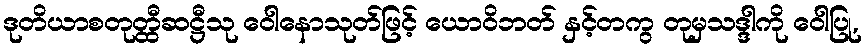
ဒုတိယာစတုတ္ထီဆဋ္ဌီသု ဝေါနောသုတ်ဖြင့် ယောဝိဘတ် နှင့်တကွ တုမှသဒ္ဒါကို ဝေါပြု,